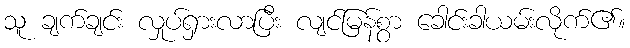
သူ ချက်ချင်း လှုပ်ရှားလာပြီး လျင်မြန်စွာ ခေါင်းခါယမ်းလိုက်၏။